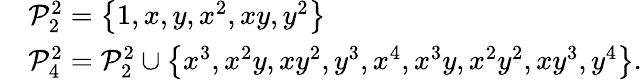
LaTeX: \begin{array}{rl}&{\mathcal{P}_{2}^{2}=\left\{ 1,x,y,x^{2},xy,y^{2}\right\} }\\ &{\mathcal{P}_{4}^{2}=\mathcal{P}_{2}^{2}\cup\left\{ x^{3},x^{2}y,xy^{2},y^{3},x^{4},x^{3}y,x^{2}y^{2},xy^{3},y^{4}\right\} .}\end{array}